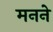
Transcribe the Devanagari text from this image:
मनने